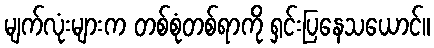
မျက်လုံးများက တစ်စုံတစ်ရာကို ရှင်းပြနေသယောင်။